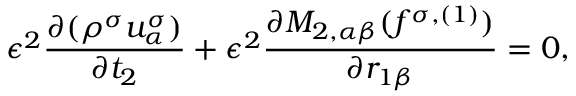
\epsilon ^ { 2 } \frac { \partial ( \rho ^ { \sigma } u _ { \alpha } ^ { \sigma } ) } { \partial t _ { 2 } } + \epsilon ^ { 2 } \frac { \partial M _ { 2 , \alpha \beta } ( f ^ { \sigma , ( 1 ) } ) } { \partial r _ { 1 \beta } } = 0 ,